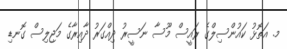
މ. އަތޮޅު ކައުންސިލްގެ ރައީސް މޫސާ ނަސީރު ދިއްގަރު ދާއިރާގެ މަޖިލިސް ގޮނޑި